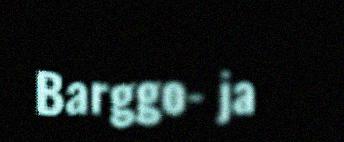
Barggo- ja